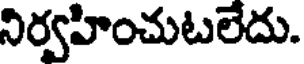
నిర్వహించుటలేదు.